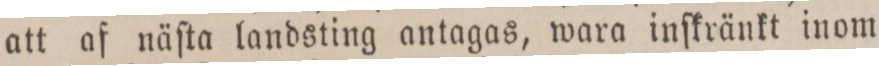
att af näſta landsting antagas, wara inſkränkt inom